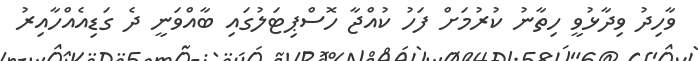
ވާހިދު ވިދާޅުވީ ހިތާނު ކުރުމަށް ފަހު ކުއްޖާ ހޮސްޕިޓަލުގައި ބާއްވަނީ ދެ ގަޑިއެއްހާއިރު